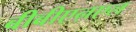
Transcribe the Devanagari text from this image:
बीबीएऩएल